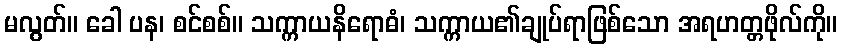
မလွတ်။ ခေါ ပန၊ စင်စစ်။ သက္ကာယနိရောဓံ၊ သက္ကာယ၏ချုပ်ရာဖြစ်သော အရဟတ္တဖိုလ်ကို။